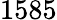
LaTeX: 1585